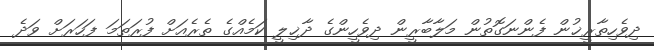
ދިވެހިތާރީޚުން ފެންނަގޮތުން މަލާބާރީން ދިވެހީންގެ ދާޚިލީ ކަމެއްގެ ތެރެއަށް ފުރަތަމަ ފަހަރަށް ވަދެ